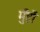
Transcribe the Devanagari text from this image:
मुँहों